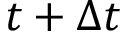
t + \Delta t